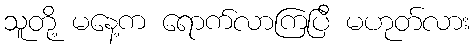
သူတို့ မနေ့က ရောက်လာကြပြီ မဟုတ်လား